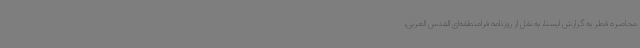
محاصره قطر به گزارش ایسنا، به نقل از روزنامه فرامنطقه‌ای القدس العربی،